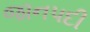
જાનપદી